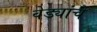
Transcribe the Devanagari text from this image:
वेड्यांचे